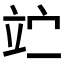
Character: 𥩟